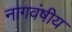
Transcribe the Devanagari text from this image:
नागवंषीय